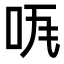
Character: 𠱏